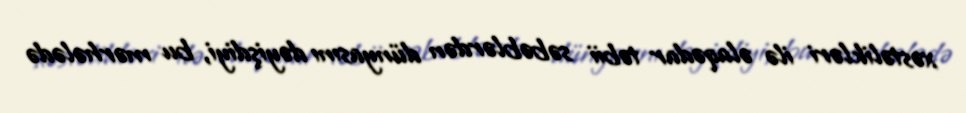
xəstəlikləri ilə əlaqədar təbii səbəblərdən dünyasını dəyişdiyi, bu mərhələdə